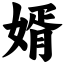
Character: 婿